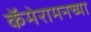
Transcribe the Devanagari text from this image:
कॅमेरामनच्या